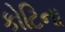
કોટિના